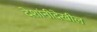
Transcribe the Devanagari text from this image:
देशांनीदेखील